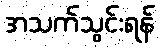
အသက်သွင်းရန်